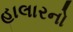
હાલારનો